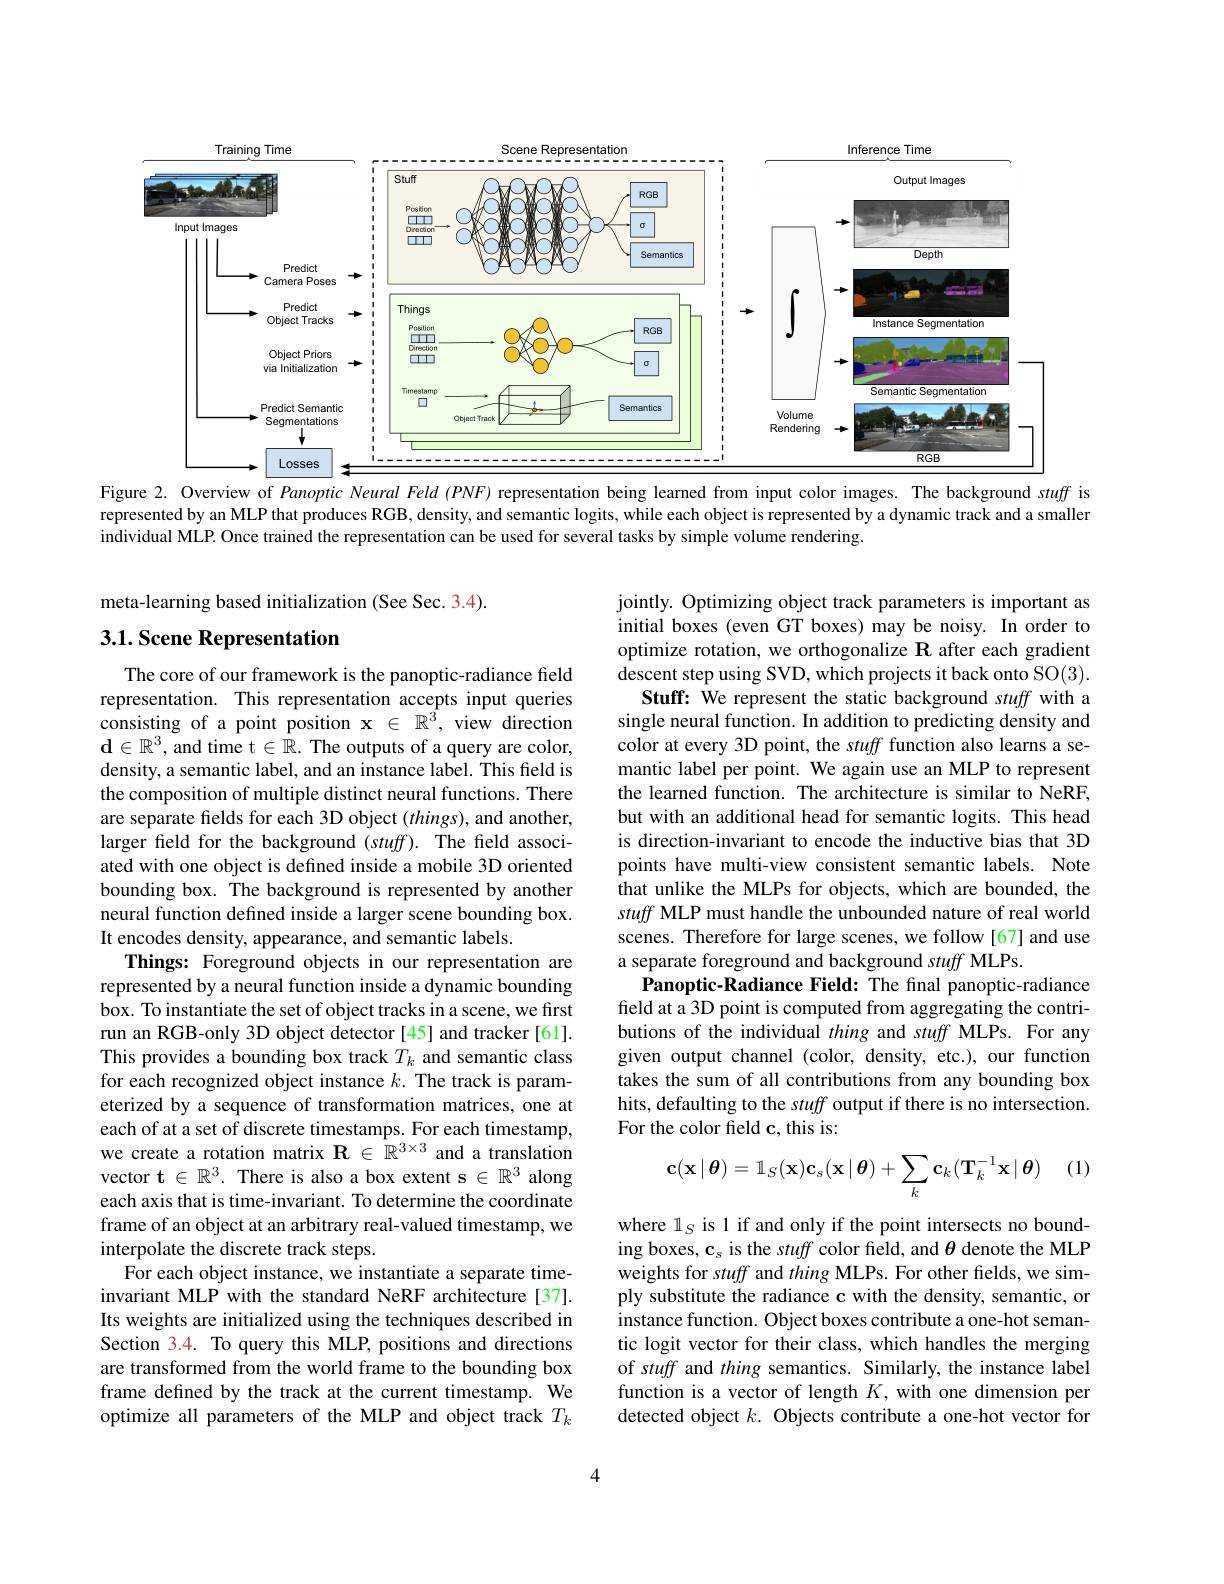
<FigureHere>

Figure 2. Overview of Panoptic Neural Feld (PNF) representation being learmed from input color images. The background stuff is represented by an MLP that produces RGB, density, and semantic logits, while each object is represented by a dynamic track and a smaller individual MLP. Once trained the representation can be used for several tasks by simple volume rendering.

## meta-learning based initialization (See Sec. 3.4). 3.1. Scene Representation

jointly. Optimizing object track parameters is important as initial boxes (even GT boxes) may be noisy. In order to optimize rotation, we orthogonalize R after each gradient descent step using SVD, which projects it back onto SO(3).
Stuff: We represent the static background stuff with a single neural function. In addition to predicting density and color at every 3D point, the stuff function also learns a semantic label per point. We again use an MLP to represent the learned function. The architecture is similar to NeRF, but with an additional head for semantic logits. This head is direction-invariant to encode the inductive bias that 3D points have multi-view consistent semantic labels. Note that unlike the MLPs for objects, which are bounded, the stuff MLP must handle the unbounded nature of real world scenes. Therefore for large scenes, we follow [67] and use a separate foreground and background stuff MLPs.
$\hat{\textbf{Panoptic-Radiance Field: The final panoptic-radiance}}$ field at a 3D point is computed from aggregating the contributions of the individual thing and stuff MLPs. For any given output channel (color, density, etc.), our function takes the sum of all contributions from any bounding box hits, defaulting to the stuff output if there is no intersection. For the color field c, this is:
$$\mathbf{c}(\mathbf{x}\mid\boldsymbol{\theta})=\mathbb{1}_S(\mathbf{x})\mathbf{c}_s(\mathbf{x}\mid\boldsymbol{\theta})+\sum_k\mathbf{c}_k(\mathbf{T}_k^{-1}\mathbf{x}\mid\boldsymbol{\theta})$$
The core of our framework is the panoptic-radiance field representation. This representation accepts input queries consisting of a point position $\mathbf{x}\in\mathbb{R}^3$, view direction $\mathbf{d}\in\mathbb{R}^3$, and time t $\in\mathbb{R}.$ The outputs of a query are color, density, a semantic label, and an instance label. This field is the composition of multiple distinct neural functions. There are separate fields for each 3D object $(things)$, and another, larger feld for the background $(stuff).$ The field associated with one object is defined inside a mobile 3D oriented bounding box. The background is represented by another neural function defined inside a larger scene bounding box. It encodes density, appearance, and semantic labels.
Things: Foreground objects in our representation are represented by a neural function inside a dynamic bounding box. To instantiate the set of object tracks in a scene, we first run an RGB-only 3D object detector [45] and tracker [61]. This provides a bounding box track $T_k$ and semantic class for each recognized object instance $k.$ The track is parameterized by a sequence of transformation matrices, one at each of at a set of discrete timestamps. For each timestamp, we create a rotation matrix $\mathbf{R}\in\mathbb{R}^{3\times3}$ and a translation vector $\mathbf{t}\in\mathbb{R}^3.$ There is also a box extent s $\in\mathbb{R}^3$ along each axis that is time-invariant. To determine the coordinate frame of an object at an arbitrary real-valued timestamp, we interpolate the discrete track steps.
For each object instance, we instantiate a separate timeinvariant MLP with the standard NeRF architecture[37]. Its weights are initialized using the techniques described in Section 3.4. To query this MLP, positions and directions are transformed from the world frame to the bounding box frame defined by the track at the current timestamp. We optimize all parameters of the MLP and object track $T_k$

(1)

where 1$_S$ is 1 if and only if the point intersects no bounding boxes, c$_s$ is the stuff color field, and $\theta$ denote the MLP weights for stuff and thing MLPs. For other fields, we simply substitute the radiance c with the density, semantic, or instance function. Object boxes contribute a one-hot semantic logit vector for their class, which handles the merging of stuff and thing semantics. Similarly, the instance label function is a vector of length $K$,with one dimension per detected object $k.$ Objects contribute a one-hot vector for

4